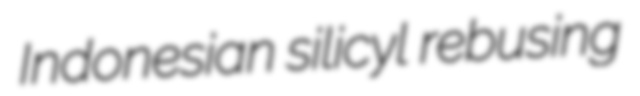
Indonesian silicyl rebusing